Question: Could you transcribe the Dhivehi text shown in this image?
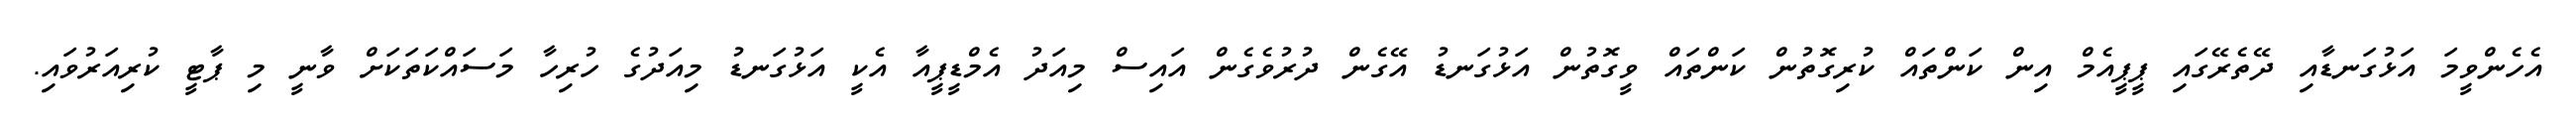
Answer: އެހެންވީމަ އަޅުގަނޑާއި ދޭތެރޭގައި ޕީޕީއެމް އިން ކަންތައް ކުރިގޮތުން ކަންތައް ވީގޮތުން އަޅުގަނޑު އޭގެން ދުރުވެގެން އައިސް މިއަދު އެމްޑީޕީއާ އެކީ އަޅުގަނޑު މިއަދުގެ ހުރިހާ މަސައްކަތަކަށް ވާނީ މި ޕާޓީ ކުރިއަރުވައި.